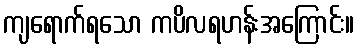
ကျရောက်ရသော ကပိလရဟန်းအကြောင်း။